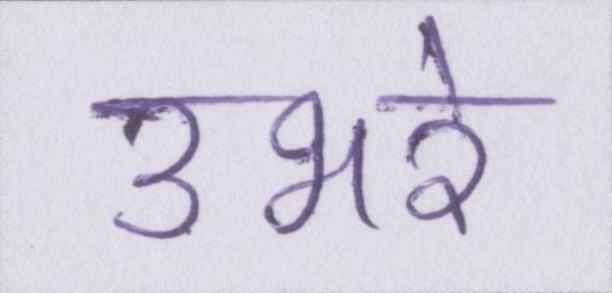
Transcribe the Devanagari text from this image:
उभरे